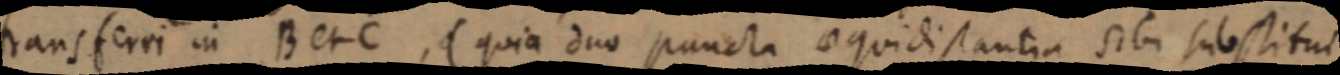
transferri in B et C, (quia duo puncta aequidistantia sibi substitui